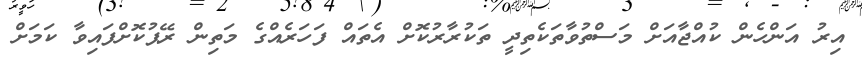
އިރު އަންހެން ކުއްޖާއަށް މަސްތުވާތަކެތިދީ ތަކުރާރުކޮށް އެތައް ފަހަރެއްގެ މަތިން ރޭޕުކޮށްފައިވާ ކަމަށް